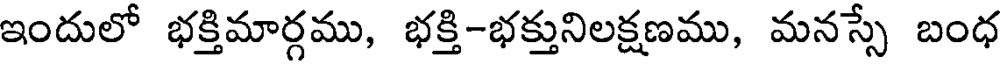
ఇందులో భక్తిమార్గము, భక్తి-భక్తునిలక్షణము, మనస్సే బంధ